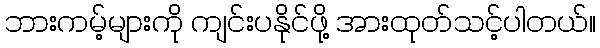
ဘားကမ့်များကို ကျင်းပနိုင်ဖို့ အားထုတ်သင့်ပါတယ်။